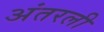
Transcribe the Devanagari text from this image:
अंतरली